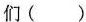
们( )